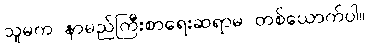
သူမက နာမည်ကြီးစာရေးဆရာမ တစ်ယောက်ပါ။